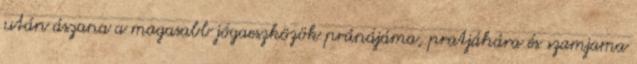
után ászana a magasabb jógaeszközök pránájáma, pratjáhára és szamjama